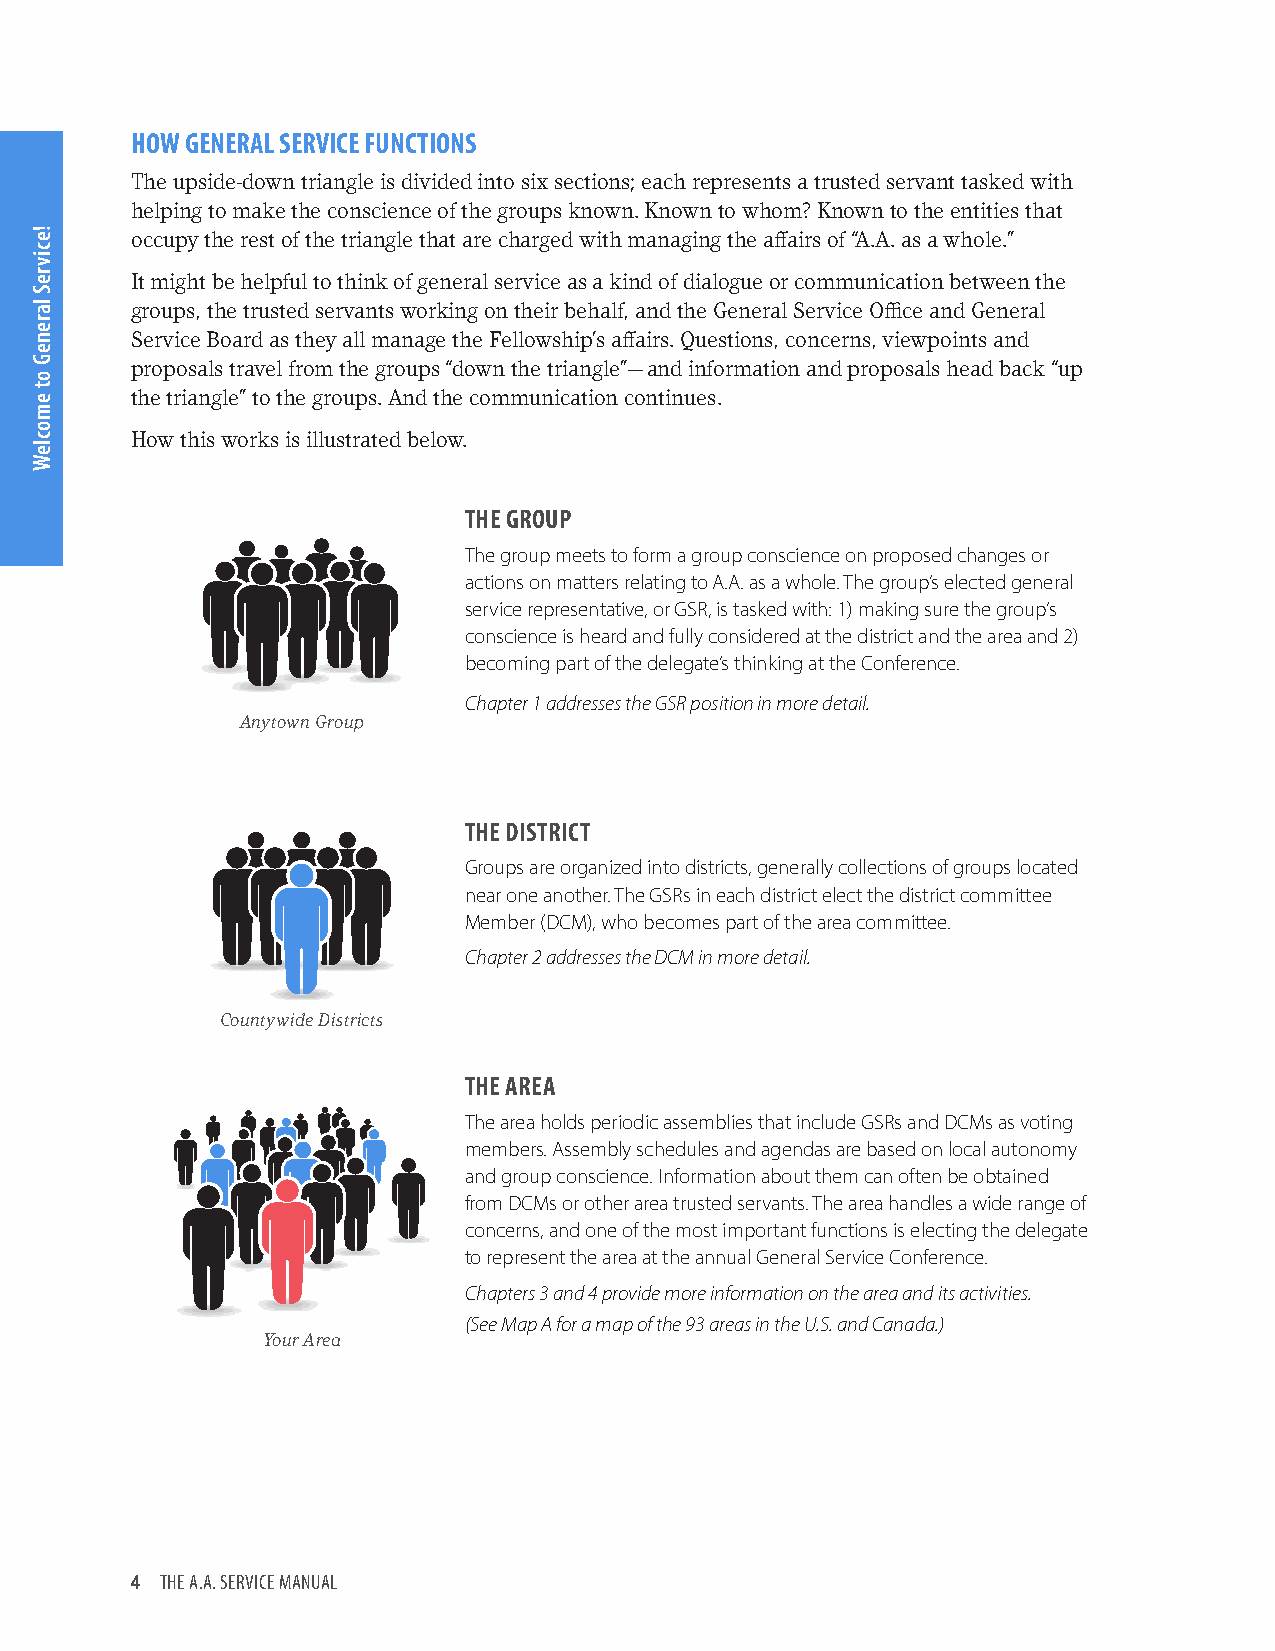
HOW GENERAL SERVICE FUNCTIONS
 The upside-down triangle is divided into six sections; each represents a trusted servant tasked with
 helping to make the conscience of the groups known. Known to whom? Known to the entities that
 occupy the rest of the triangle that are charged with managing the affairs of “A.A. as a whole.”
 It might be helpful to think of general service as a kind of dialogue or communication between the
 groups, the trusted servants working on their behalf, and the General Service Office and General
 Service Board as they all manage the Fellowship’s affairs. Questions, concerns, viewpoints and
 proposals travel from the groups “down the triangle”— and information and proposals head back “up
 the triangle” to the groups. And the communication continues.
 How this works is illustrated below.
 THE GROUP
 The group meets to form a group conscience on proposed changes or
 actions on matters relating to A.A. as a whole. The group’s elected general
 service representative, or GSR, is tasked with: 1) making sure the group’s
 conscience is heard and fully considered at the district and the area and 2)
 becoming part of the delegate’s thinking at the Conference.
 Chapter 1 addresses the GSR position in more detail.
 Anytown Group
 THE DISTRICT
 Groups are organized into districts, generally collections of groups located
 near one another. The GSRs in each district elect the district committee
 Member (DCM), who becomes part of the area committee.
 Chapter 2 addresses the DCM in more detail.
 Countywide Districts
 THE AREA
 The area holds periodic assemblies that include GSRs and DCMs as voting
 members. Assembly schedules and agendas are based on local autonomy
 and group conscience. Information about them can often be obtained
 from DCMs or other area trusted servants. The area handles a wide range of
 concerns, and one of the most important functions is electing the delegate
 to represent the area at the annual General Service Conference.
 Chapters 3 and 4 provide more information on the area and its activities.
 (See Map A for a map of the 93 areas in the U.S. and Canada.)
 Your Area
 4 THE A.A. SERVICE MANUAL
 !ecivreS
 lareneG
 ot
 emocleW